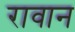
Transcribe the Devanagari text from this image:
रावान